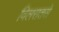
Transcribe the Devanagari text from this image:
विलसतसे